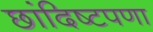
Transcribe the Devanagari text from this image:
छांदिष्टपणा